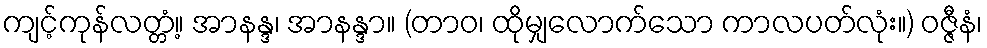
ကျင့်ကုန်လတ္တံ့။ အာနန္ဒ၊ အာနန္ဒာ။ (တာဝ၊ ထိုမျှလောက်သော ကာလပတ်လုံး။) ဝဇ္ဇီနံ၊